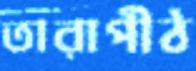
তারাপীঠ